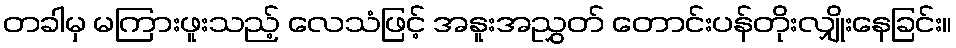
တခါမှ မကြားဖူးသည့် လေသံဖြင့် အနူးအညွှတ် တောင်းပန်တိုးလျှိုးနေခြင်း။